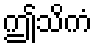
ဤသိကံ